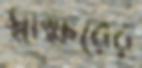
স্বাক্ষরের